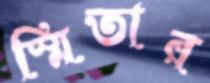
স্মিতার